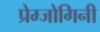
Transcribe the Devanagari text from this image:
प्रेम्जोगिनी